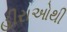
હીરાઓથી